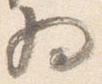
為